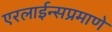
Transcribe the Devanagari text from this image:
एरलाईन्सप्रमाणे